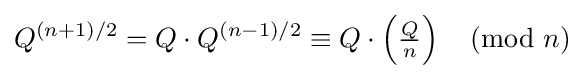
Q^{(n+1)/2}=Q\cdot Q^{(n-1)/2}\equiv Q\cdot \left({\tfrac {Q}{n}}\right){\pmod {n}}